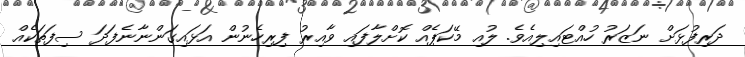
ދަރިފުޅަށް ނަޒަރު ހުއްޓައިލިއެވެ. ލުއި މޭކަޕެއް ކޮށްލާފައި ވާއިރު ފިރިހެނުން އަޅައިގަންނާނެފަދަ ސިފަތަކެއް